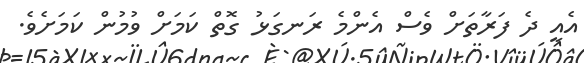
އެއީ ދެ ފަރާތަށް ވެސް އެންމެ ރަނގަޅު ގޮތް ކަމަށް ވުމުން ކަމަށެވެ.